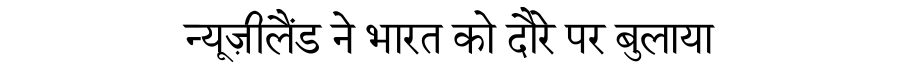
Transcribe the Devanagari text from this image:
न्यूज़ीलैंड ने भारत को दौरे पर बुलाया